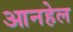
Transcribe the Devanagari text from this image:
आनहेल